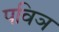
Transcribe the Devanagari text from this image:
पविञ